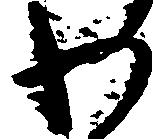
わ